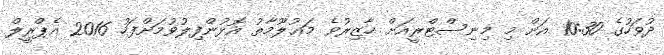
ދުވަހުގެ 10:30 އަށް މި މިނިސްޓްރީއަށް ހާޒިރުވެ މަޢުލޫމާތު އޮޅުންފިލުވުމަށްފަހު 2016 އެޕްރީލް